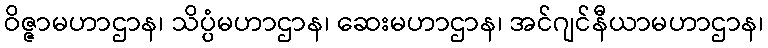
ဝိဇ္ဇာမဟာဌာန၊ သိပ္ပံမဟာဌာန၊ ဆေးမဟာဌာန၊ အင်ဂျင်နီယာမဟာဌာန၊